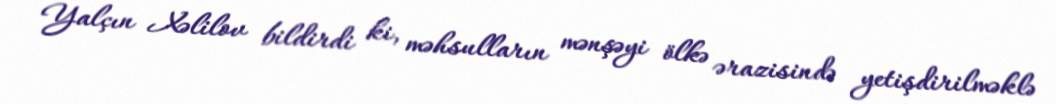
Yalçın Xəlilov bildirdi ki, məhsulların mənşəyi ölkə ərazisində yetişdirilməklə